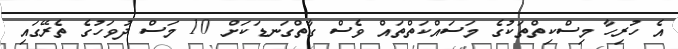
އެ ހުރިހާ މިސްކިތްތަކުގެ މަސައްކަތްތައް ވެސް ގާތްގަނޑަކަށް 10 މަސް ދުވަހުގެ ތެރޭގައި